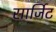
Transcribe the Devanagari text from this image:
सार्जिट